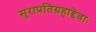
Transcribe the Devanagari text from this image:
सुराप्रतिग्रहाद्देवाः